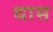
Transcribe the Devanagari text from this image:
थास